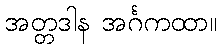
အတ္တဒါန အင်္ဂကထာ။